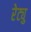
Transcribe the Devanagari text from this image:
रेट्यु